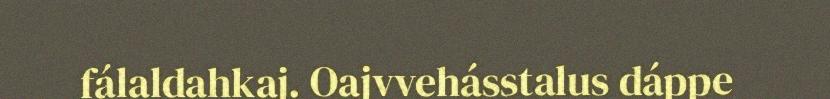
fálaldahkaj. Oajvvehásstalus dáppe